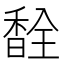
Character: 𫗽